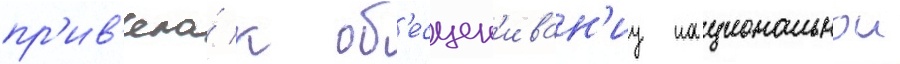
пр'ив'ела́ к об'есцен'иван'иу национальнои